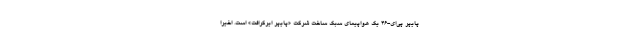
پایپر پی‌ای-۴۶ یک هواپیمای سبک ساخت شرکت «پایپر ایرکرافت» است. اخیرا